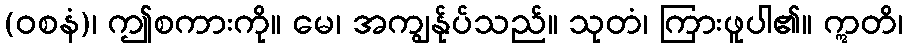
(ဝစနံ)၊ ဤစကားကို။ မေ၊ အကျွန်ုပ်သည်။ သုတံ၊ ကြားဖူပါ၏။ ဣတိ၊